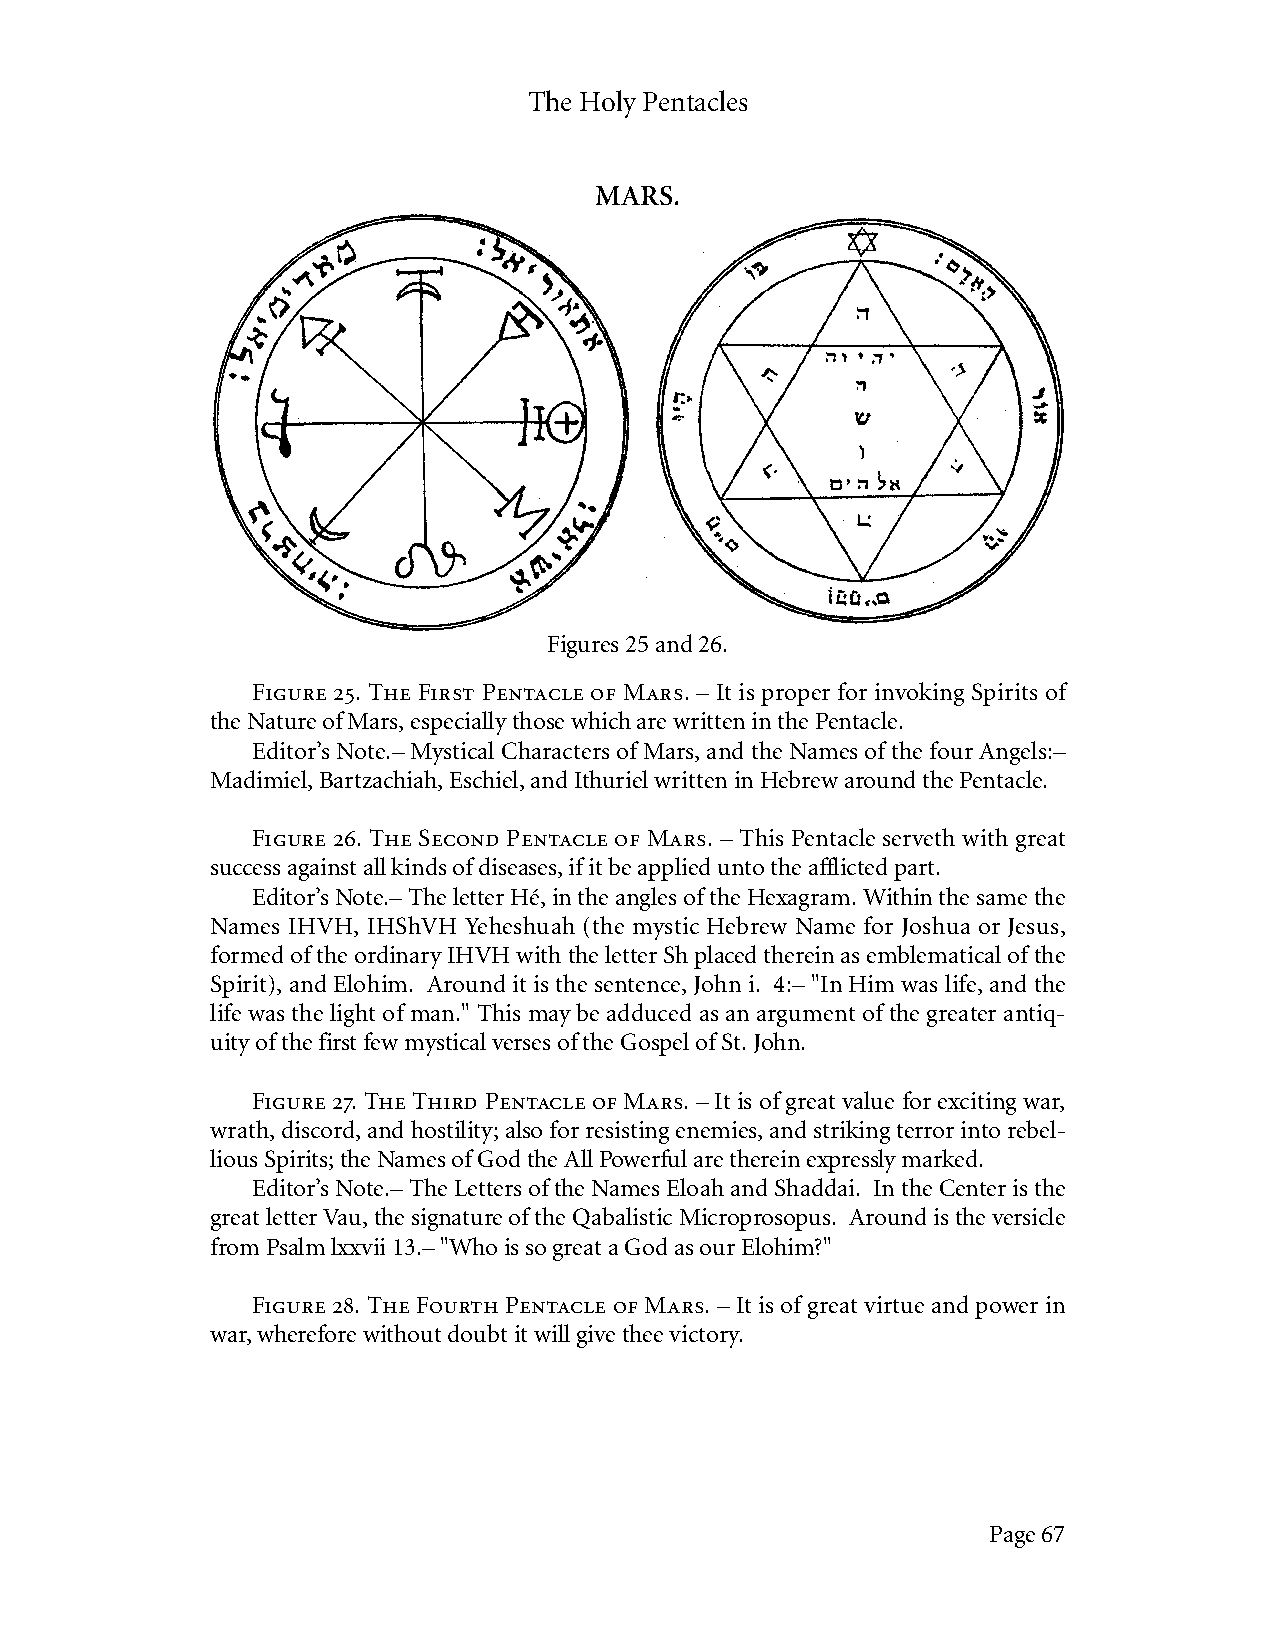
The Holy Pentacles
 MARS.
 Figures 25 and 26.
 Figure 25. The First Pentacle of Mars. – It is proper for invoking Spirits of
 the Nature of Mars, especially those which are written in the Pentacle.
 Editor’s Note.– Mystical Characters of Mars, and the Names of the four Angels:–
 Madimiel, Bartzachiah, Eschiel, and Ithuriel written in Hebrew around the Pentacle.
 Figure 26. The Second Pentacle of Mars. – This Pentacle serveth with great
 success against all kinds of diseases, if it be applied unto the afflicted part.
 Editor’s Note.– The letter Hé, in the angles of the Hexagram. Within the same the
 Names IHVH, IHShVH Yeheshuah (the mystic Hebrew Name for Joshua or Jesus,
 formed of the ordinary IHVH with the letter Sh placed therein as emblematical of the
 Spirit), and Elohim. Around it is the sentence, John i. 4:– "In Him was life, and the
 life was the light of man." This may be adduced as an argument of the greater antiq-
 uity of the first few mystical verses of the Gospel of St. John.
 Figure 27. The Third Pentacle of Mars. – It is of great value for exciting war,
 wrath, discord, and hostility; also for resisting enemies, and striking terror into rebel-
 lious Spirits; the Names of God the All Powerful are therein expressly marked.
 Editor’s Note.– The Letters of the Names Eloah and Shaddai. In the Center is the
 great letter Vau, the signature of the Qabalistic Microprosopus. Around is the versicle
 from Psalm lxxvii 13.– "Who is so great a God as our Elohim?"
 Figure 28. The Fourth Pentacle of Mars. – It is of great virtue and power in
 war, wherefore without doubt it will give thee victory.
 Page 67